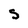
Character: S